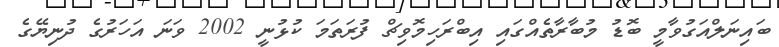
ބައިނަލްއަގުވާމީ ބޮޑު މުބާރާތެއްގައި އިބްރަހިމޮވިޗް ފުރަތަމަ ކުޅުނީ 2002 ވަނަ އަހަރުގެ ދުނިޔޭގެ